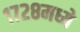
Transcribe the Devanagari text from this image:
१७२८मध्ये